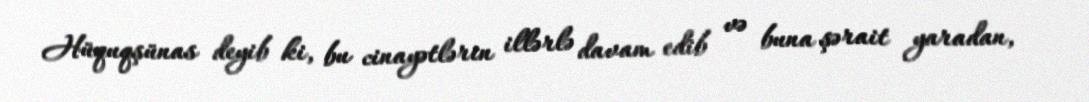
Hüquqşünas deyib ki, bu cinayətlərin illərlə davam edib və buna şərait yaradan,